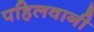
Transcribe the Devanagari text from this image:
पहिलवानी